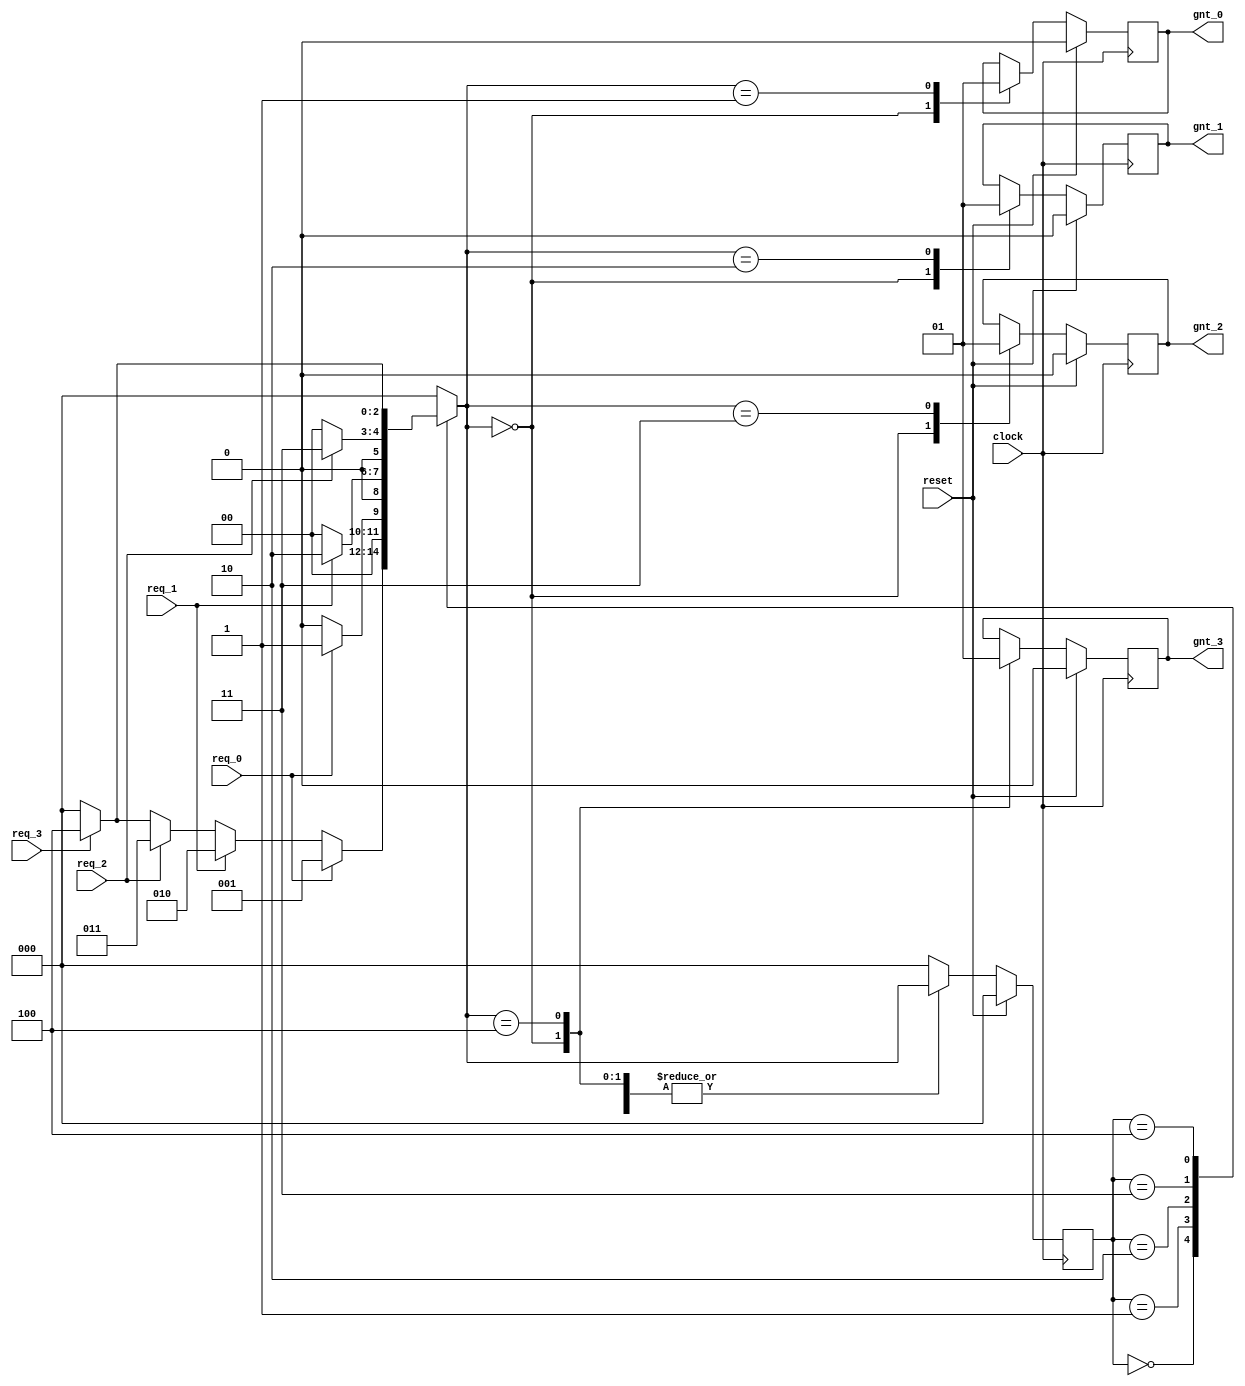
// This change is category 1. It represents the errors a student might make
// during design. Here, I have them accidentally use blocking assignment
// (instead of nonblocking <= assignment) within the always_ff blocks. This is
// definitely a mistake a novice who doesn't completely understand design
// might make.

module fsm_full(
clock , // Clock
reset , // Active high reset
req_0 , // Active high request from agent 0
req_1 , // Active high request from agent 1
req_2 , // Active high request from agent 2
req_3 , // Active high request from agent 3
gnt_0 , // Active high grant to agent 0
gnt_1 , // Active high grant to agent 1
gnt_2 , // Active high grant to agent 2
gnt_3   // Active high grant to agent 3
);
// Port declaration here
input clock ; // Clock
input reset ; // Active high reset
input req_0 ; // Active high request from agent 0
input req_1 ; // Active high request from agent 1
input req_2 ; // Active high request from agent 2
input req_3 ; // Active high request from agent 3
output gnt_0 ; // Active high grant to agent 0
output gnt_1 ; // Active high grant to agent 1
output gnt_2 ; // Active high grant to agent 2
output gnt_3 ; // Active high grant to agent 

// Internal Variables
reg    gnt_0 ; // Active high grant to agent 0
reg    gnt_1 ; // Active high grant to agent 1
reg    gnt_2 ; // Active high grant to agent 2
reg    gnt_3 ; // Active high grant to agent 

parameter  [2:0]  IDLE  = 3'b000;
parameter  [2:0]  GNT0  = 3'b001;
parameter  [2:0]  GNT1  = 3'b010;
parameter  [2:0]  GNT2  = 3'b011;
parameter  [2:0]  GNT3  = 3'b100;

reg [2:0] state, next_state;

always @ (state or req_0 or req_1 or req_2 or req_3)
begin  
  next_state = 0;
  case(state)
    IDLE : if (req_0 == 1'b1) begin
  	     next_state = GNT0;
           end else if (req_1 == 1'b1) begin
  	     next_state= GNT1;
           end else if (req_2 == 1'b1) begin
  	     next_state= GNT2;
           end else if (req_3 == 1'b1) begin
  	     next_state= GNT3;
	   end else begin
  	     next_state = IDLE;
           end			
    GNT0 : if (req_0 == 1'b0) begin
  	     next_state = IDLE;
           end else begin
	     next_state = GNT0;
	  end
    GNT1 : if (req_1 == 1'b0) begin
  	     next_state = IDLE;
           end else begin
	     next_state = GNT1;
	  end
    GNT2 : if (req_2 == 1'b0) begin
  	     next_state = IDLE;
           end else begin
	     next_state = GNT2;
	  end
    GNT3 : if (req_3 == 1'b0) begin
  	     next_state = IDLE;
           end else begin
	     next_state = GNT3;
	  end
   default : next_state = IDLE;
  endcase
end

always @ (posedge clock)
begin : OUTPUT_LOGIC
  if (reset) begin
    gnt_0 = #1 1'b0;
    gnt_1 = #1 1'b0;
    gnt_2 = #1 1'b0;
    gnt_3 = #1 1'b0;
    state = #1 IDLE;
  end else begin
    state = #1 next_state;
    case(state)
	IDLE : begin
                gnt_0 = #1 1'b0;
                gnt_1 = #1 1'b0;
                gnt_2 = #1 1'b0;
                gnt_3 = #1 1'b0;
	       end
  	GNT0 : begin
  	         gnt_0 = #1 1'b1;
  	       end
        GNT1 : begin
                 gnt_1 = #1 1'b1;
               end
        GNT2 : begin
                 gnt_2 = #1 1'b1;
               end
        GNT3 : begin
                 gnt_3 = #1 1'b1;
               end
     default : begin
                 state = #1 IDLE;
               end
    endcase
  end
end

endmodule